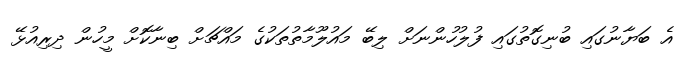
އެ ބަޔާނުގައި ބުނިގޮތުގައި ފުލުހުންނަށް ލިބޭ މައުލޫމާތުތަކުގެ މައްޗަށް ބިނާކޮށް މީހުން ދިރިއުޅޭ